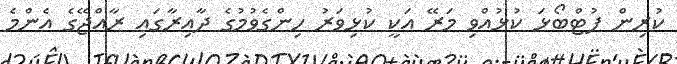
ކުރިން ފުޓްބޯޅަ ކުޅުއްވި މަރޭ އަކީ ކުޅިވަރު ހިންގެވުމުގެ ދާއިރާގައި ރާއްޖޭގެ އެންމެ